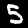
Digit: 5